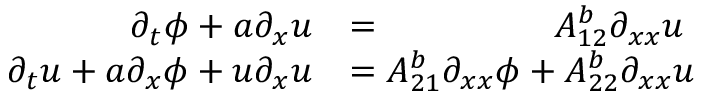
\begin{array} { r l } { \partial _ { t } \phi + a \partial _ { x } u } & { = \phantom { A _ { 2 1 } ^ { b } \partial _ { x x } \phi + \, } A _ { 1 2 } ^ { b } \partial _ { x x } u } \\ { \partial _ { t } u + a \partial _ { x } \phi + u \partial _ { x } u } & { = A _ { 2 1 } ^ { b } \partial _ { x x } \phi + A _ { 2 2 } ^ { b } \partial _ { x x } u } \end{array}